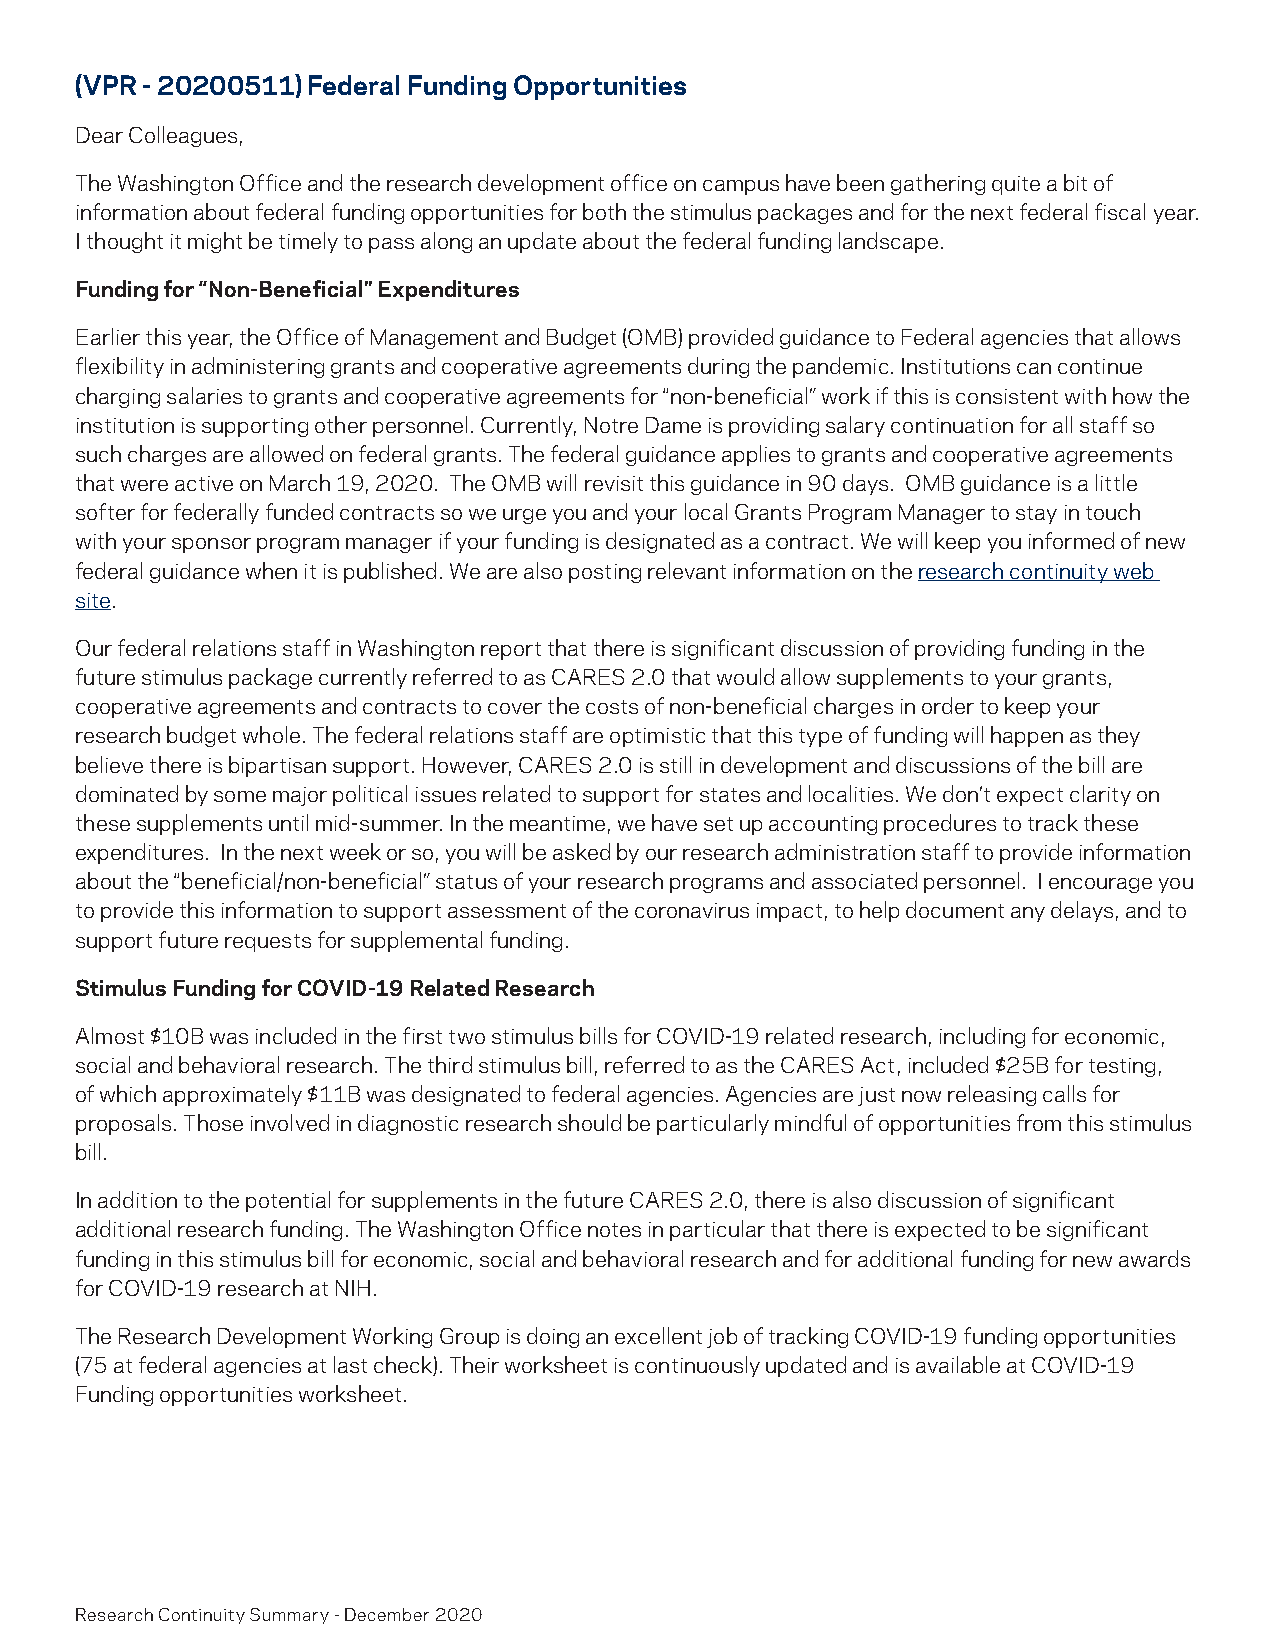
(VPR - 20200511) Federal Funding Opportunities
 Dear Colleagues,
 The Washington Office and the research development office on campus have been gathering quite a bit of
 information about federal funding opportunities for both the stimulus packages and for the next federal fiscal year.
 I thought it might be timely to pass along an update about the federal funding landscape.
 Funding for “Non-Beneficial” Expenditures
 Earlier this year, the Office of Management and Budget (OMB) provided guidance to Federal agencies that allows
 flexibility in administering grants and cooperative agreements during the pandemic. Institutions can continue
 charging salaries to grants and cooperative agreements for “non-beneficial” work if this is consistent with how the
 institution is supporting other personnel. Currently, Notre Dame is providing salary continuation for all staff so
 such charges are allowed on federal grants. The federal guidance applies to grants and cooperative agreements
 that were active on March 19, 2020. The OMB will revisit this guidance in 90 days. OMB guidance is a little
 softer for federally funded contracts so we urge you and your local Grants Program Manager to stay in touch
 with your sponsor program manager if your funding is designated as a contract. We will keep you informed of new
 federal guidance when it is published. We are also posting relevant information on the research continuity web
 site.
 Our federal relations staff in Washington report that there is significant discussion of providing funding in the
 future stimulus package currently referred to as CARES 2.0 that would allow supplements to your grants,
 cooperative agreements and contracts to cover the costs of non-beneficial charges in order to keep your
 research budget whole. The federal relations staff are optimistic that this type of funding will happen as they
 believe there is bipartisan support. However, CARES 2.0 is still in development and discussions of the bill are
 dominated by some major political issues related to support for states and localities. We don’t expect clarity on
 these supplements until mid-summer. In the meantime, we have set up accounting procedures to track these
 expenditures. In the next week or so, you will be asked by our research administration staff to provide information
 about the “beneficial/non-beneficial” status of your research programs and associated personnel. I encourage you
 to provide this information to support assessment of the coronavirus impact, to help document any delays, and to
 support future requests for supplemental funding.
 Stimulus Funding for COVID-19 Related Research
 Almost $10B was included in the first two stimulus bills for COVID-19 related research, including for economic,
 social and behavioral research. The third stimulus bill, referred to as the CARES Act, included $25B for testing,
 of which approximately $11B was designated to federal agencies. Agencies are just now releasing calls for
 proposals. Those involved in diagnostic research should be particularly mindful of opportunities from this stimulus
 bill.
 In addition to the potential for supplements in the future CARES 2.0, there is also discussion of significant
 additional research funding. The Washington Office notes in particular that there is expected to be significant
 funding in this stimulus bill for economic, social and behavioral research and for additional funding for new awards
 for COVID-19 research at NIH.
 The Research Development Working Group is doing an excellent job of tracking COVID-19 funding opportunities
 (75 at federal agencies at last check). Their worksheet is continuously updated and is available at COVID-19
 Funding opportunities worksheet.
 Research Continuity Summary - December 2020